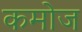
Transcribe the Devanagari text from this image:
कमोज